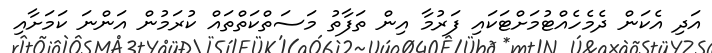
އަދި އެކަން ދެމެހެއްޓުމަށްޓަކައި ފަރުމާ އިން ތަފާތު މަސަތްކަތްތައް ކުރަމުން އަންނަ ކަމަށާއި